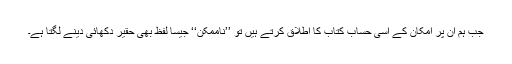
جب ہم ان پر امکان کے اسی حساب کتاب کا اطلاق کرتے ہیں تو ’’ناممکن‘‘ جیسا لفظ بھی حقیر دکھائی دینے لگتا ہے۔